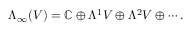
\Lambda _ { \infty } ( V ) = \mathbb { C } \oplus \Lambda ^ { 1 } V \oplus \Lambda ^ { 2 } V \oplus \cdots .